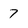
Character: 7